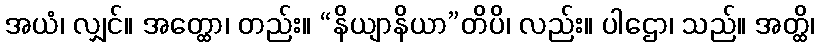
အယံ၊ လျှင်။ အတ္ထော၊ တည်း။ “နိယျာနိယာ”တိပိ၊ လည်း။ ပါဌော၊ သည်။ အတ္ထိ၊